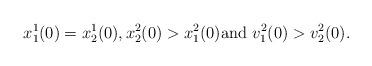
LaTeX: \begin{align*}x_1^1(0)=x_2^1(0),x_2^2(0)>x_1^2(0)\mbox{and } v_1^2(0)>v_2^2(0).\end{align*}